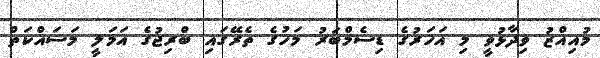
މުއިއްޒު ވިދާޅުވީ މި އަހަރުގެ ޑިސެމްބަރު މަހުގެ ތެެރޭގައި ބްރިޖުގެ އަމަލީ މަސައްކަތް